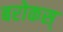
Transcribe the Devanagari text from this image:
बरोकस्